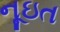
નૂઇત